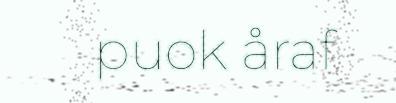
puok åraf